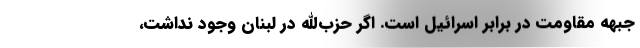
جبهه مقاومت در برابر اسرائیل است. اگر حزب‌الله در لبنان وجود نداشت،